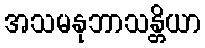
အသမနုဘာသန္တိယာ